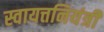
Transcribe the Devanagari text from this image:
स्वायत्तनियंत्री